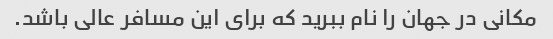
مکانی در جهان را نام ببرید که برای این مسافر عالی باشد.